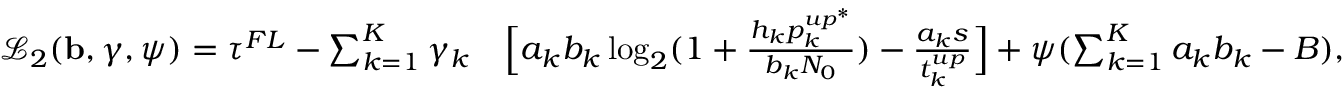
\begin{array} { r l } { \mathcal { L } _ { 2 } ( \mathbf { b } , \boldsymbol { \gamma } , \psi ) = \tau ^ { F L } - \sum _ { k = 1 } ^ { K } \gamma _ { k } } & { \Big [ a _ { k } b _ { k } \log _ { 2 } ( 1 + \frac { h _ { k } p _ { k } ^ { u p ^ { * } } } { b _ { k } N _ { 0 } } ) - \frac { a _ { k } s } { t _ { k } ^ { u p } } \Big ] + \psi ( \sum _ { k = 1 } ^ { K } a _ { k } b _ { k } - { { B } } ) , } \end{array}